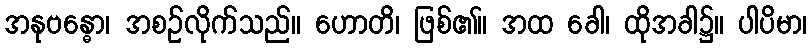
အနုဗန္ဓော၊ အစဉ်လိုက်သည်။ ဟောတိ၊ ဖြစ်၏။ အထ ခေါ၊ ထိုအခါ၌။ ပါပိမာ၊